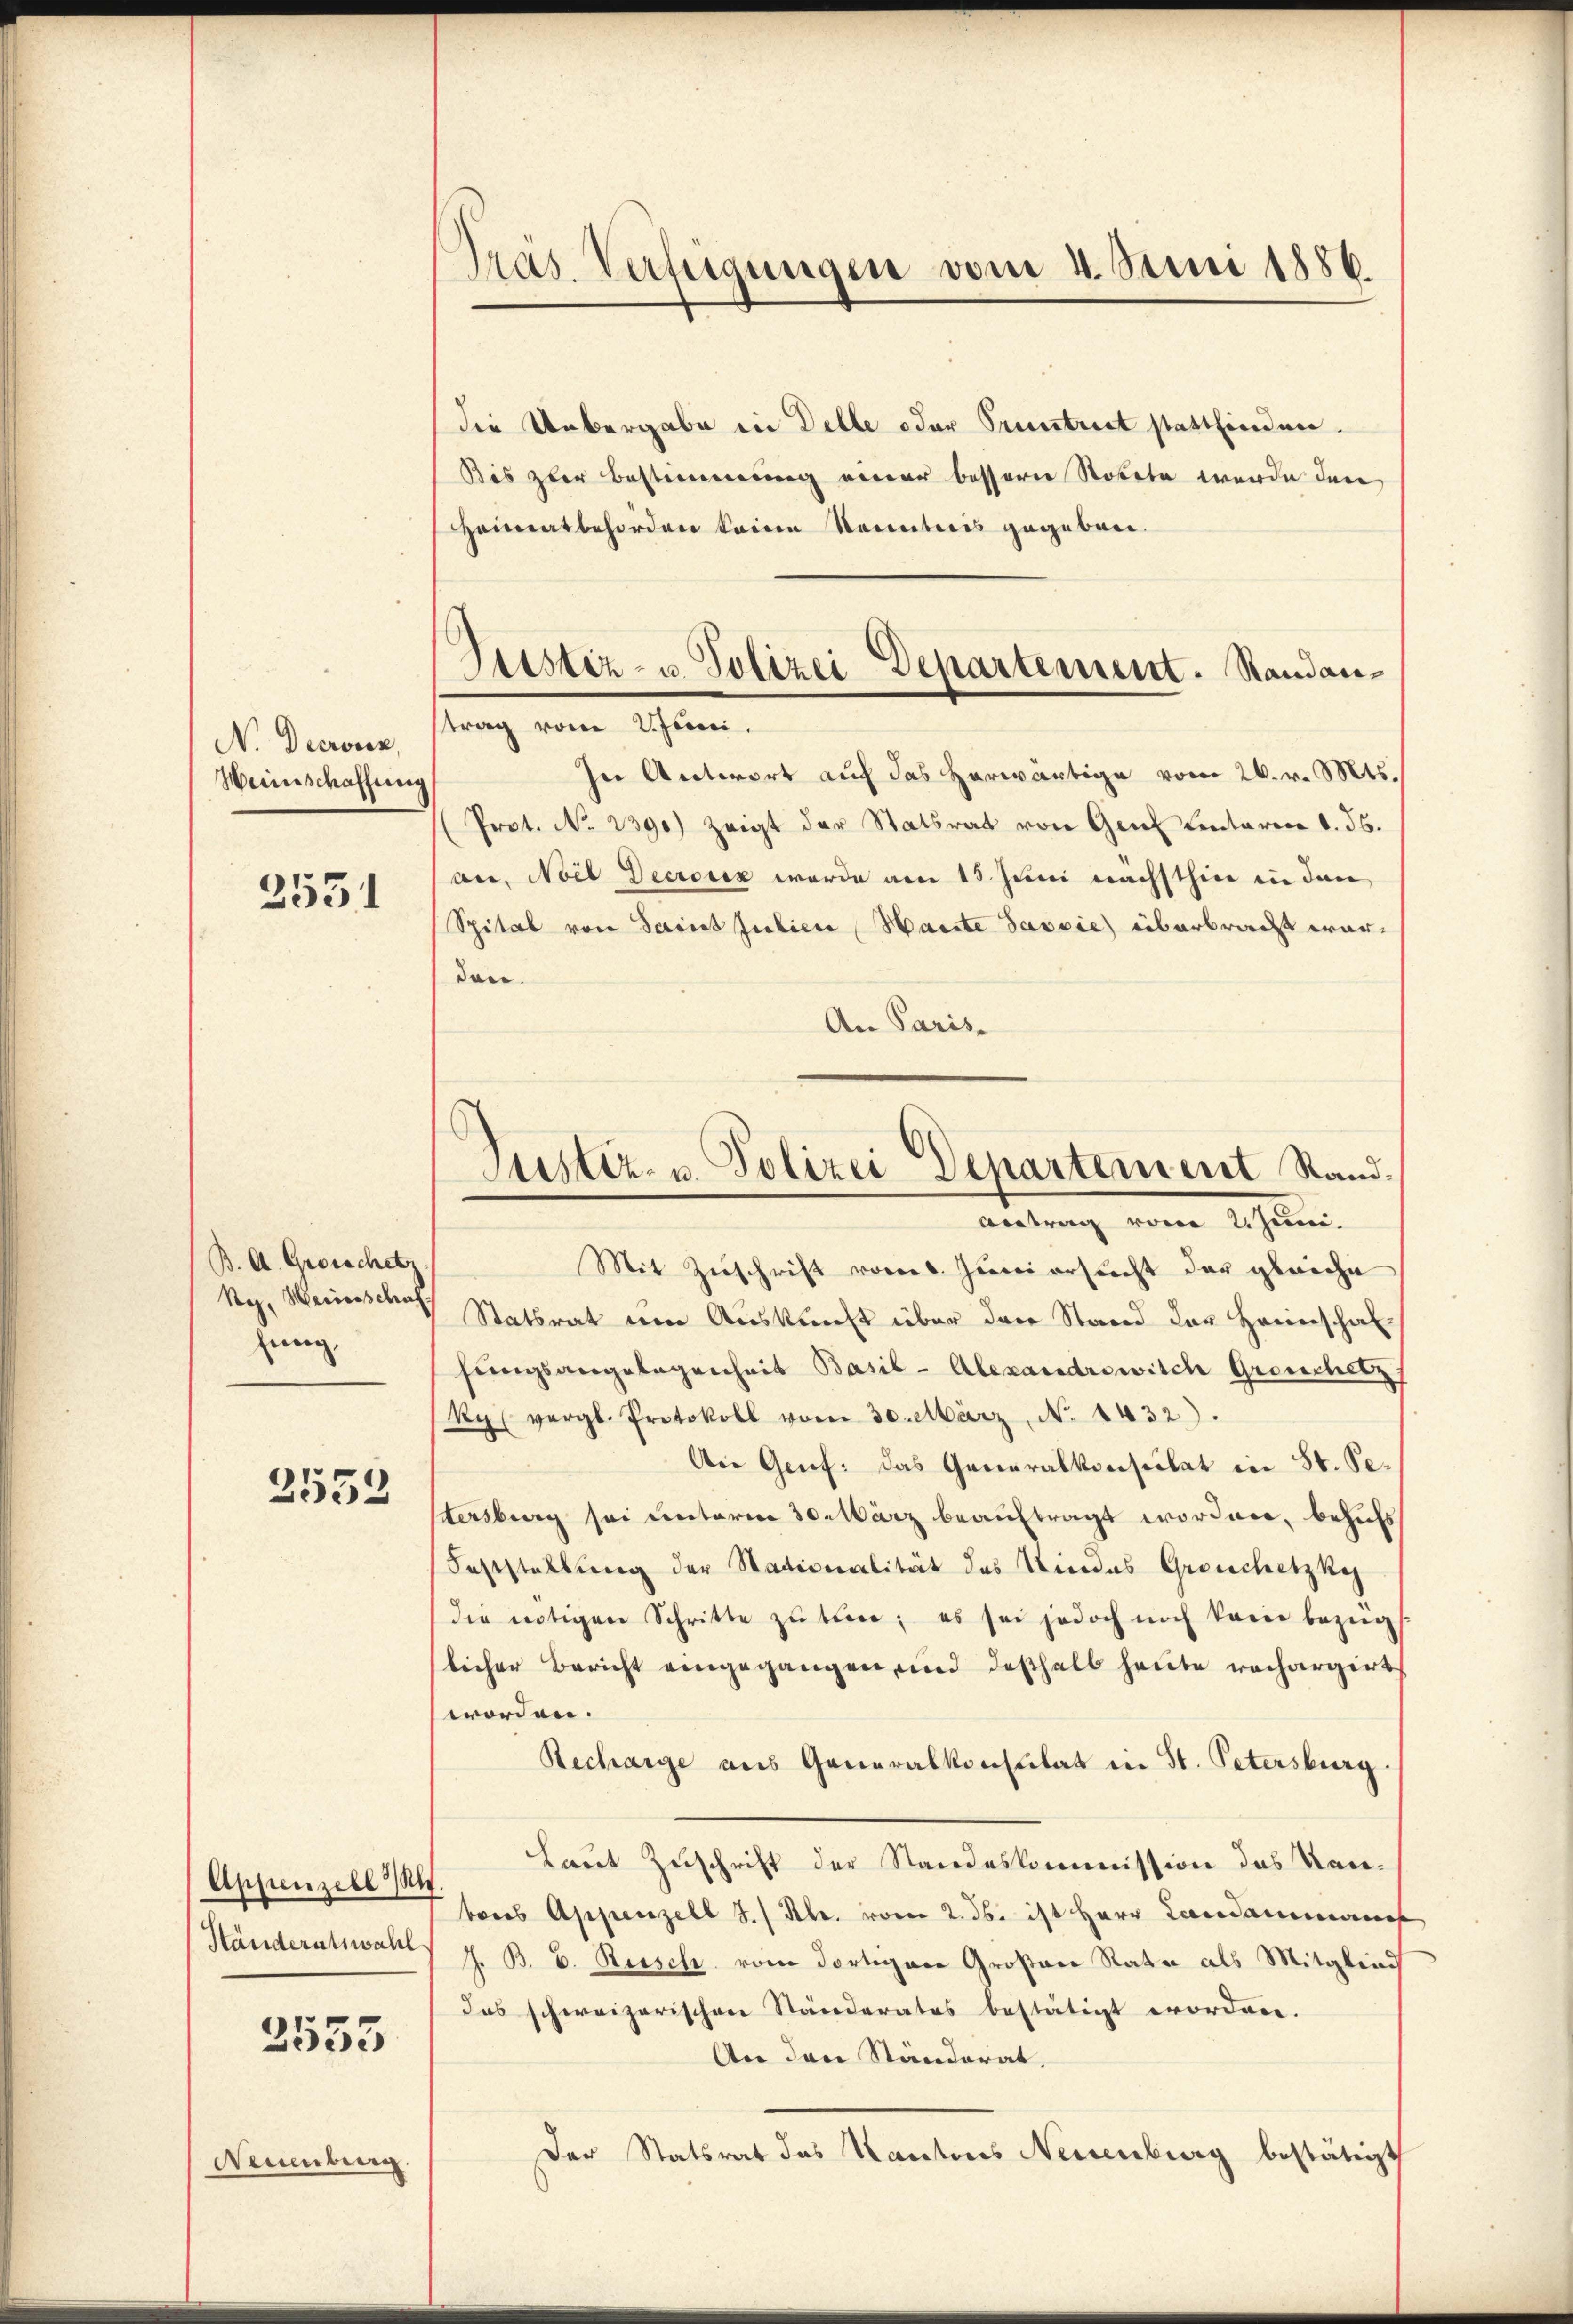
N. Decken,
Weinschaffung

2531

B. A. Grosschetz
Reg. Heinsschaf-
fung,

2552

Appenzell A.
Händeratswahl

2553

Nemübung

Pras Verfügungen vom 4. Juni 1886

Justiz- u. Polizei Departement. Randan¬

die Uebergabe in Delle oder Pruntreit stattfinden.
Bis zur Bestimmung einer besserer Stokete werde den
Heimatbehörden keine Kenntnis gegeben.
strag vom Juni.
In Antwort auch das herwärtige vom 26. v. Mts.
Prot. No 2390) zeigt der Statsrat von Genf Lentariae d. 36.
an, Noil Decroix wurde am 15. Juni nachsthin in den
Spital von Saint Julier Harte Sassie) überbracht warden.
An Paris.
Mit Zŭschrift vom 6. Juni ersucht der gleiche
Statsrat um Auskunft über das Stand der Heinschaf
fungsangelegenheit Basil - Alexandrowisch Gronchetz
Ryl vergl. Protokoll vom 30. März, No 1432).
An Genf: das Generalkonsulat in St. Pestersburg sei unterm 30. März beauftragt worden, behufs
Feststellung der Stationalität des Kindes Groschetzky
die nötigen Schritte zŭ tren; es sei jedoch noch kann bezüg
licher Bericht eingegangen, und deßhalb heute rechargirt
worden.
Recharge aus Generalkonsulat in St. Petersburg.
Laut Zuschrift der Standeskommission des Kanbois Appenzell S. / Hlr. vom 2. ds. ist Herr Landammanns
J. B. b. Rusch von dortigen Großen Rata als Mitglied
das schweizerischen Ständerates bestätigt worden.
An den Ständerat
Der Statsrat des Kantons Neuenburg bestätigt

Justiz- u. Polizei Departement Rand¬
Antrag vom 2. Juni.